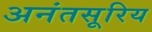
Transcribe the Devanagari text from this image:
अनंतसूरिय